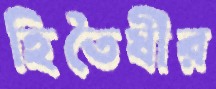
হিতৈষীর